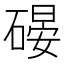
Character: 𱴪